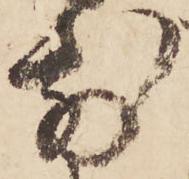
前